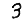
Digit: 3